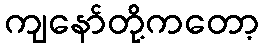
ကျနော်တို့ကတော့